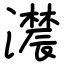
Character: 𤂑